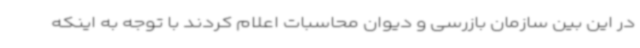
در این بین سازمان بازرسی و دیوان محاسبات اعلام کردند با توجه به اینکه